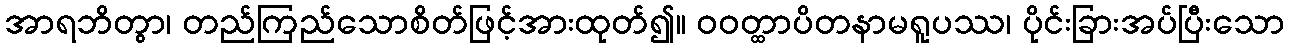
အာရဘိတွာ၊ တည်ကြည်သောစိတ်ဖြင့်အားထုတ်၍။ ဝဝတ္ထာပိတနာမရူပဿ၊ ပိုင်းခြားအပ်ပြီးသော